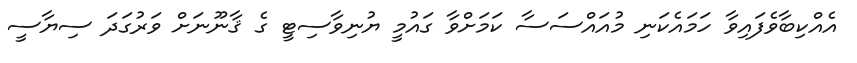
އެއްކިބާވެފައިވާ ހަމައެކަނި މުއައްސަސާ ކަމަށްވާ ގައުމީ ޔުނިވާސިޓީ ގެ ޤާނޫނަށް ވަރުގަދަ ސިޔާސީ